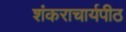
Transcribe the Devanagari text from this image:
शंकराचार्यपीठ